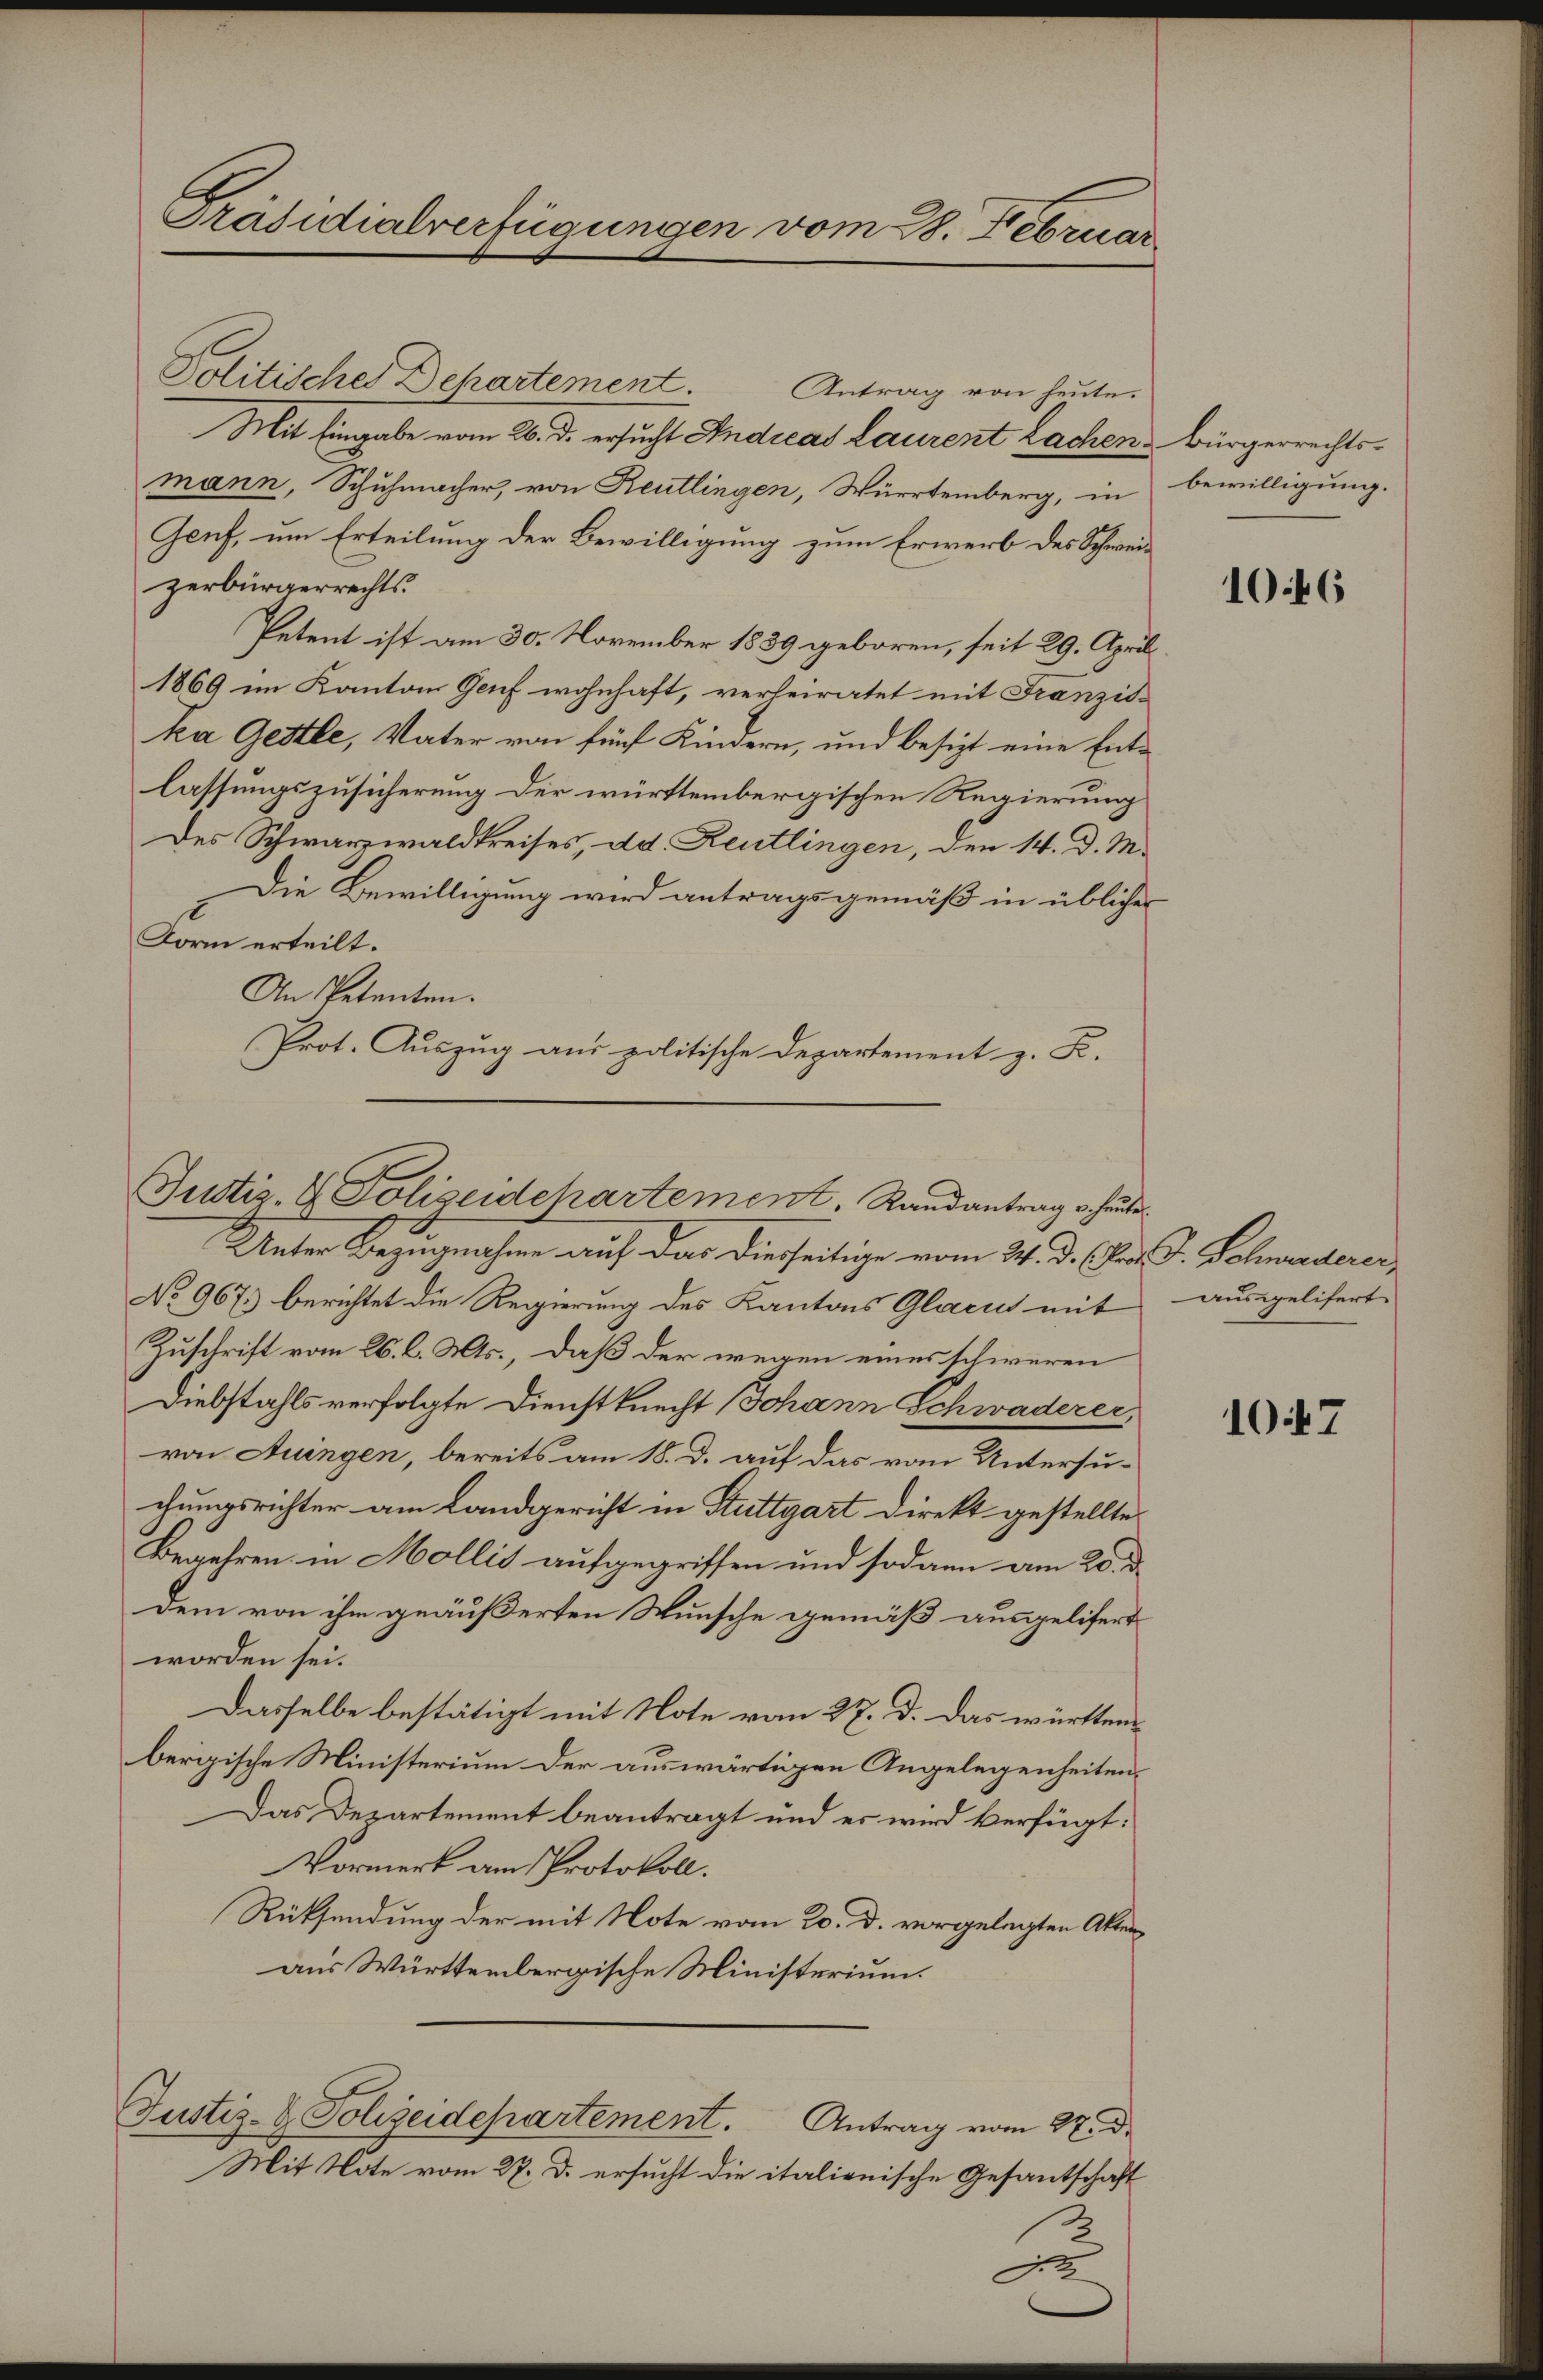
Präsidialverfügungen vom 28. Februar

Politisches Dehartement. Antrag von heute.
Mit Eingabe vom 26. d. ersucht Andreas Laurent Lachen Bürgerrechts-
mann, Schuhmacher, von Reutlingen, Würtemberg, in bewilligung.
Genf, um Erteilung der Bewilligung zum Erwerb des Schweizerbürgerrechts.
Petent ist am 30. November 1839 geboren, seit 29. April
1869 im Kanton Genf wohnhaft, verheiratet mit Franzis-
ka Gettle, Vater von fünf Kindern, und besizt eine Entlassungszusicherung der württembergischen Regierung
Des Schwarzwaldkreises, dd. Reutlingen, den 14. d. M.
Die Bewilligung wird antragsgemäß in üblicher
Form erteilt.
An Petenten.
Prot. Auszug aus politische Departement z. B.

Justiz- & Polizeidchartement, Randantrag v. heute

Unter Bezugnahme auf das Diesseitige vom 24. d. (Fros. J. Schwerderer,
No 967.) berichtet die Regierung des Kantons Glarus mit
Zuschrift vom 26. d. Mts., daß der wegen eines schweren
Diebstahls verfolgte Dienstknecht Johann Schwaderer
von Auingen, bereits am 18. d. auf das vom Untersu-
chungsrichter am Landgericht in Stuttgart direkt gestellte
Begehren in Mollis aufgegriffen und sodann am 20. d.
dem von ihm geäußerten Wunsche gemäß ausgelifert
worden sei.
Dasselbe bestätigt mit Note vom 27. d. Das württem
bergische Ministerium der auswärtigen Angelegenheiten,
Das Departement beantragt und es wird verfügt:
Vormerk am Protokoll.
Rücksendung der mit Note vom 20. d. vorgelegten Akten
aus Württembergische Ministerium.
Justiz- & Polizeidepartement. Antrag vom 27. d.
Mit Note vom 27. d. ersucht die italienische Gesantschaft
2

1046

ausgelifert

1047